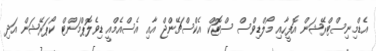
އެޑްމިނިސްޓްރޭޝަން އޮފީހާއި މޯލްޑިވްސް ސްޓޮކް އެކްސްޗޭންޖް އާއި އެސްއެމްއީ ޑިވެލޮޕްމަންޓް ކޯޕަރޭޝަން އަދި